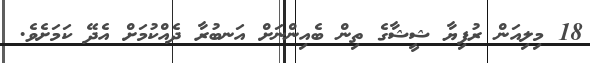
18 މިލިއަން ރުފިޔާ ޝީޝާގެ ތިން ބެއިންނަށް އަނބުރާ ދެއްކުމަށް އެދޭ ކަމަށެވެ.